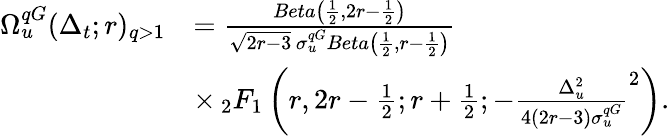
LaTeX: \begin{array}{rl}{\Omega_{u}^{qG}(\Delta_{t};r)_{q>1}}&{=\frac{Beta\left(\frac{1}{2},2r-\frac{1}{2}\right)}{\sqrt{2r-3}\, \sigma_{u}^{qG}Beta\left(\frac{1}{2},r-\frac{1}{2}\right)}}\\ &{\times\, _{2}F_{1}\left(r,2r-\frac{1}{2};r+\frac{1}{2};-\frac{\Delta_{u}^{2}}{4(2r-3){\sigma_{u}^{qG}}}^{2}\right).}\end{array}